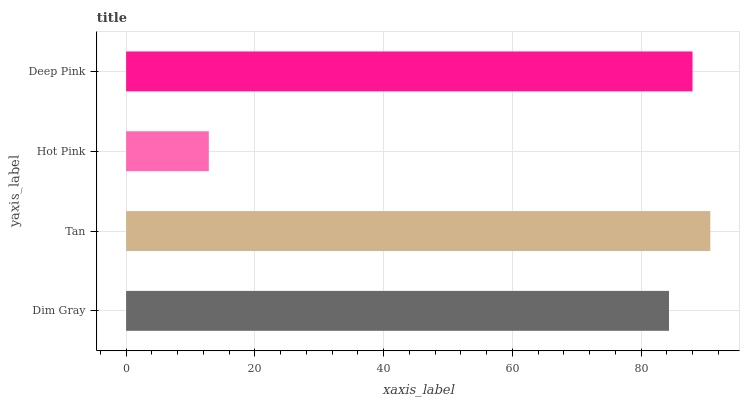
| yaxis_label | bars |
 | --- | --- |
 | Dim Gray | 84.3 |
 | Tan | 90.7 |
 | Hot Pink | 12.8 |
 | Deep Pink | 88 |